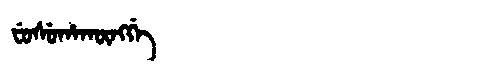
Manchu: ᠸᡠᠰᡠᡥᠠᡴᡡᠩᡤᡝ
Romanization: FUSUHAKŪNGGE